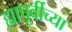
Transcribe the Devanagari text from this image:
ह्यापूर्वीच्या